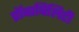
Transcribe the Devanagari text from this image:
प्रॉबाबिलिटी